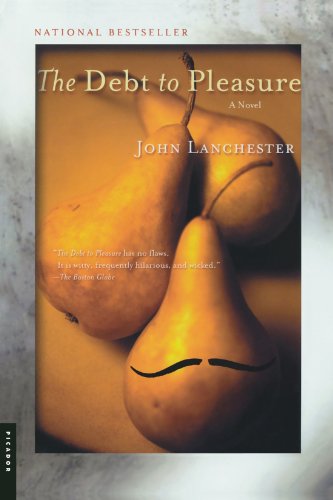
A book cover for The Debt to Pleasure: A Novel; John Lanchester; Literature & Fiction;